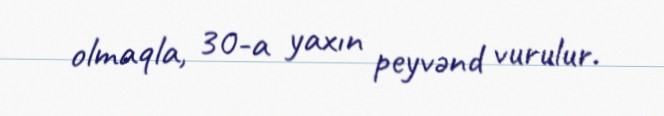
olmaqla, 30-a yaxın peyvənd vurulur.